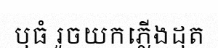
ឬធំ រួចយកភ្លើងដុត